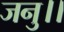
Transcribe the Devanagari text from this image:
जनु।।